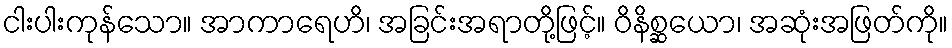
ငါးပါးကုန်သော။ အာကာရေဟိ၊ အခြင်းအရာတို့ဖြင့်။ ဝိနိစ္ဆယော၊ အဆုံးအဖြတ်ကို။